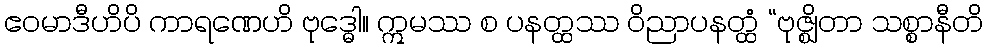
ဧဝမာဒီဟိပိ ကာရဏေဟိ ဗုဒ္ဓေါ။ ဣမဿ စ ပနတ္ထဿ ဝိညာပနတ္ထံ “ဗုဇ္ဈိတာ သစ္စာနီတိ